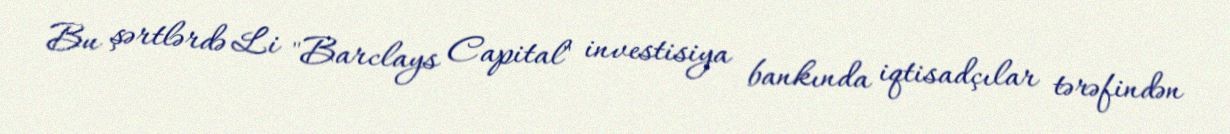
Bu şərtlərdə Li "Barclays Capital" investisiya bankında iqtisadçılar tərəfindən